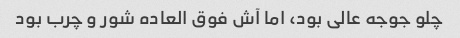
چلو جوجه عالی بود، اما آش فوق العاده شور و چرب بود